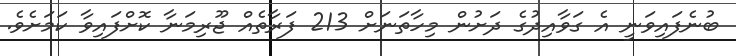
ބުނެފައިވަނީ އެ ގަވާއިދުގެ ދަށުން މިހާތަނަށް 213 ފަރާތެއް ޖޫރިމަނާ ކޮށްފައިވާ ކަމަށެވެ.